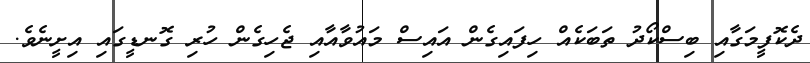
ދެކޮފީމަގާއި ބިސްކޯދު ތަބަކެއް ހިފައިގެން އައިސް މައުވާއާއި ޖެހިގެން ހުރި ގޮނޑީގައި އިށީނެވެ.